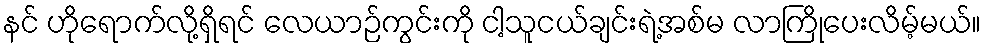
နင် ဟိုရောက်လို့ရှိရင် လေယာဉ်ကွင်းကို ငါ့သူငယ်ချင်းရဲ့အစ်မ လာကြိုပေးလိမ့်မယ်။